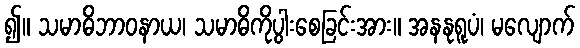
၍။ သမာဓိဘာဝနာယ၊ သမာဓိကိုပွါးစေခြင်းအား။ အနနုရူပံ၊ မလျောက်